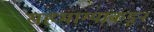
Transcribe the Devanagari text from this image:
सहभाग्यांकडून